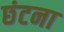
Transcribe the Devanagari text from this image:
छंटना